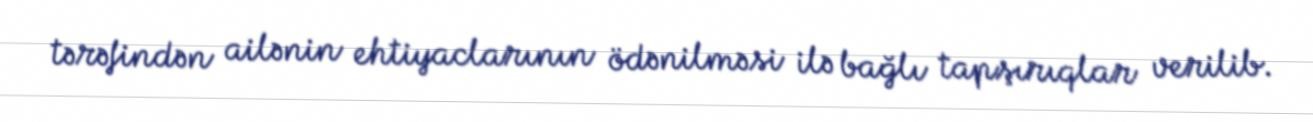
tərəfindən ailənin ehtiyaclarının ödənilməsi ilə bağlı tapşırıqlar verilib.